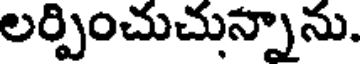
లర్పించుచున్నాను.